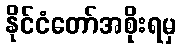
နိုင်ငံတော်အစိုးရမှ